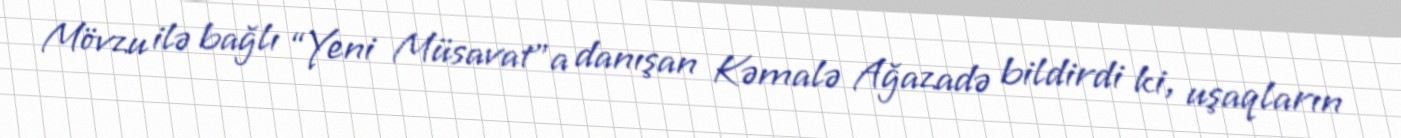
Mövzu ilə bağlı “Yeni Müsavat”a danışan Kəmalə Ağazadə bildirdi ki, uşaqların